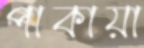
পাকায়া